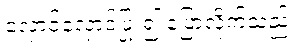
လှောင်လှောင်ပြုံး၍ ပြောလိုက်သည်။